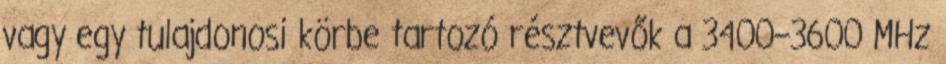
vagy egy tulajdonosi körbe tartozó résztvevők a 3400–3600 MHz